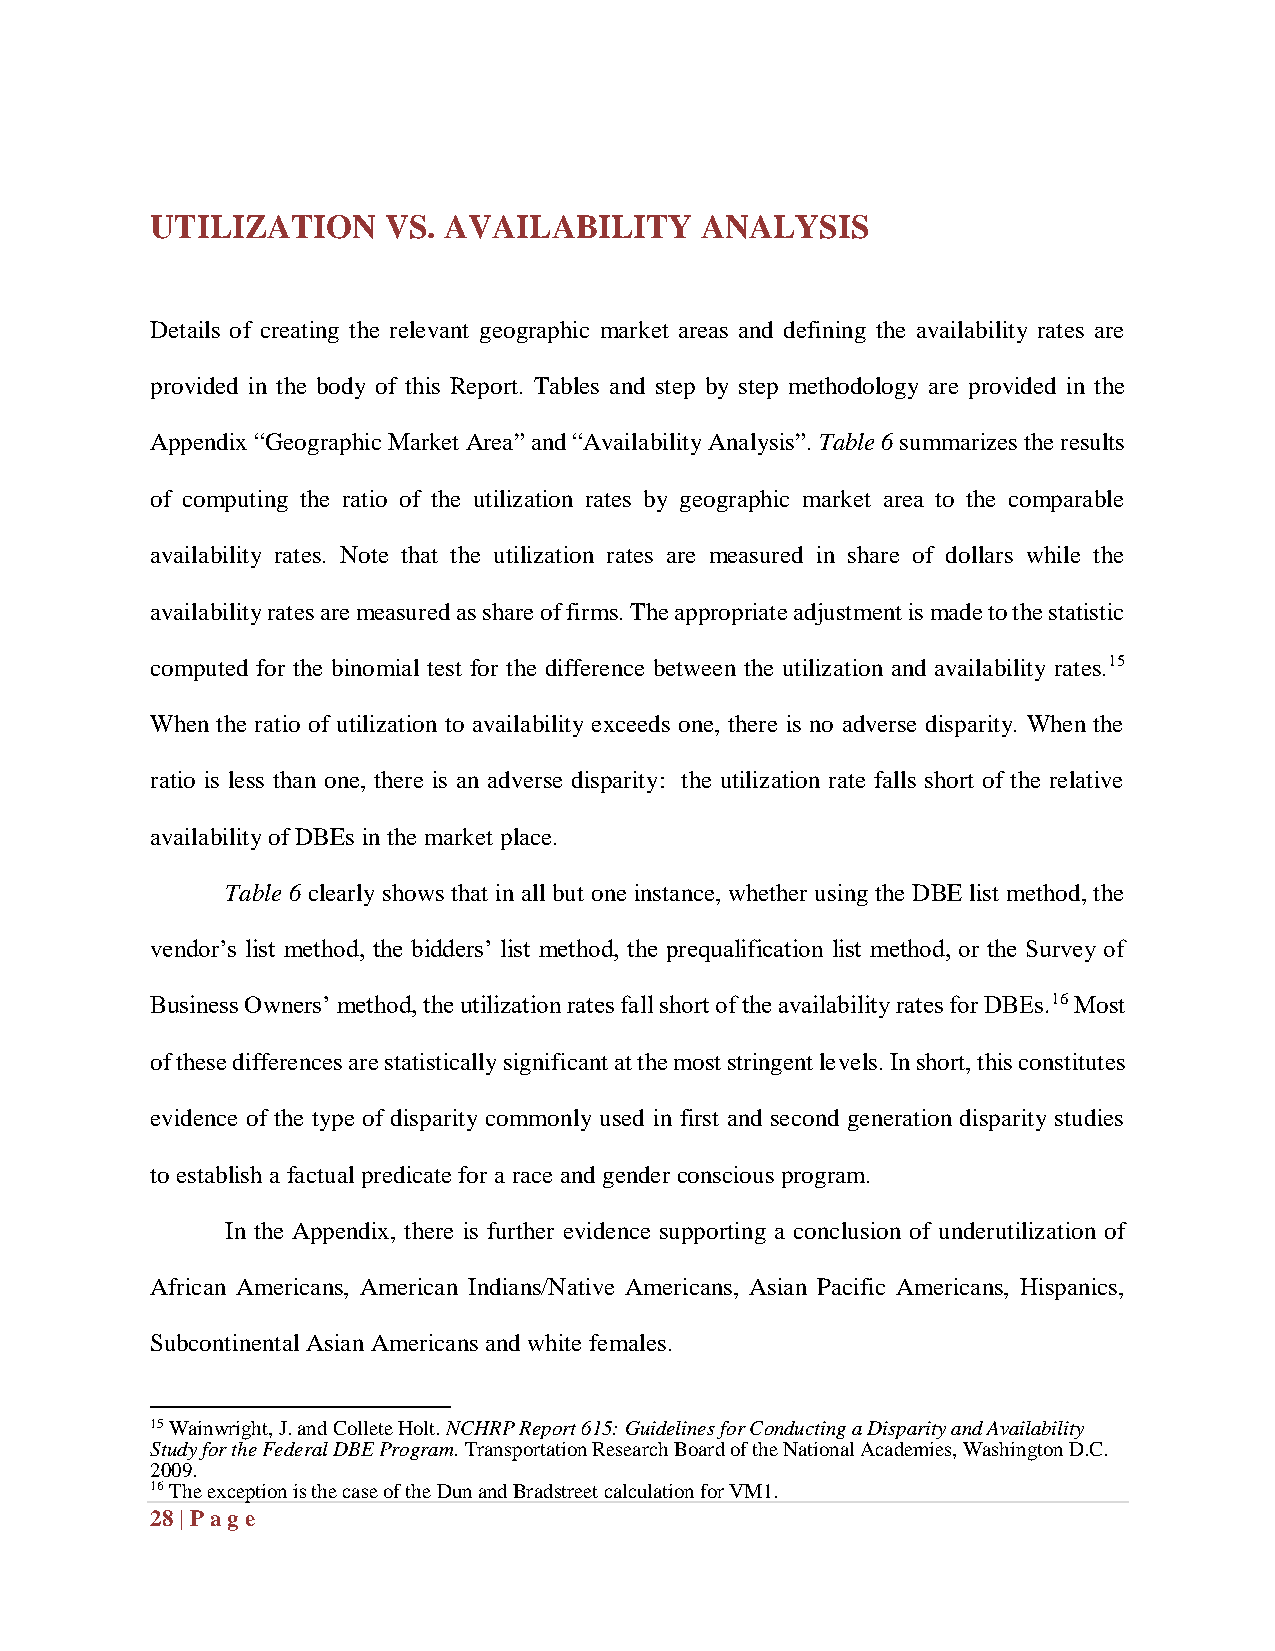
UTILIZATION    VS. AVAILABILITY     ANALYSIS
 Details of creating the relevant geographic market areas and defining the availability rates are
 provided in the body of this Report. Tables and step by step methodology are provided in the
 Appendix “Geographic Market Area” and “Availability Analysis”. Table 6 summarizes the results
 of computing the ratio of the utilization rates by geographic market area to the comparable
 availability rates. Note that the utilization rates are measured in share of dollars while the
 availability rates are measured as share of firms. The appropriate adjustment is made to the statistic
 computed for the binomial test for the difference between the utilization and availability rates.15
 When the ratio of utilization to availability exceeds one, there is no adverse disparity. When the
 ratio is less than one, there is an adverse disparity: the utilization rate falls short of the relative
 availability of DBEs in the market place.
 Table 6 clearly shows that in all but one instance, whether using the DBE list method, the
 vendor’s list method, the bidders’ list method, the prequalification list method, or the Survey of
 Business Owners’ method, the utilization rates fall short of the availability rates for DBEs.16 Most
 of these differences are statistically significant at the most stringent levels. In short, this constitutes
 evidence of the type of disparity commonly used in first and second generation disparity studies
 to establish a factual predicate for a race and gender conscious program.
 In the Appendix, there is further evidence supporting a conclusion of underutilization of
 African Americans, American Indians/Native Americans, Asian Pacific Americans, Hispanics,
 Subcontinental Asian Americans and white females.
 15 Wainwright, J. and Collete Holt. NCHRP Report 615: Guidelines for Conducting a Disparity and Availability
 Study for the Federal DBE Program. Transportation Research Board of the National Academies, Washington D.C.
 2009.
 16 The exception is the case of the Dun and Bradstreet calculation for VM1.
 28 | Pag e